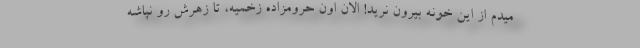
میدم از این خونه بیرون نرید! الان اون حرومزاده زخمیه، تا زهرش رو نپاشه